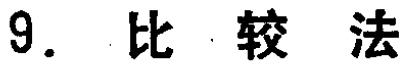
9. 比较法